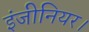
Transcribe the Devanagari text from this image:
इंजीनियर।